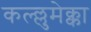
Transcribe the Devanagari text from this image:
कल्ल्लुमेक्का